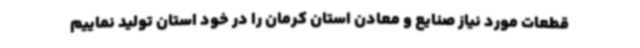
قطعات مورد نیاز صنایع و معادن استان کرمان را در خود استان تولید نماییم